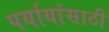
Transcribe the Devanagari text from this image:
पर्यायांसाठी